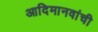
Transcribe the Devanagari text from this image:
आदिमानवांची